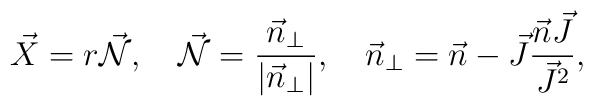
\vec X=r\vec {\cal N},\quad \vec {\cal N}=\frac{\vec n_\perp}{|\vec n_\perp|},\quad \vec n_\perp=\vec n-\vec J\frac{\vec n\vec J}{\vec J^2} ,